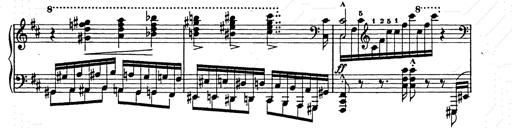
Title: Ballade No.2
Composer: Jan Skrzydlewski
Key: B minor